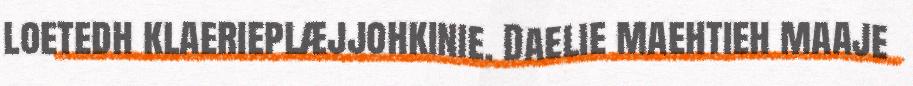
loetedh klaerieplæjjohkinie. Daelie maehtieh maaje